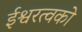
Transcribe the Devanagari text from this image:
ईश्वरत्वको